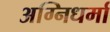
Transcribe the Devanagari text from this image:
अग्निधर्मा